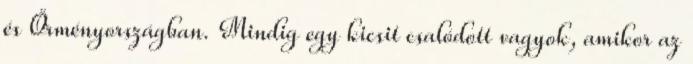
és Örményországban. Mindig egy kicsit csalódott vagyok, amikor az